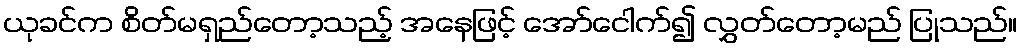
ယုခင်က စိတ်မရှည်တော့သည့် အနေဖြင့် အော်ငေါက်၍ လွှတ်တော့မည် ပြုသည်။